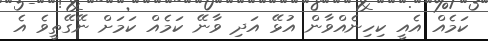
ކަމެއް އެއީ ކިހިނެއްވާން އުޅޭ އަދި ވާނޭ ކަމެއް ކަމަށް ނޭގޭތީވެ އެ